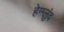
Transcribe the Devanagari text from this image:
हेग्ग्लुंद